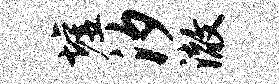
墟汐澈